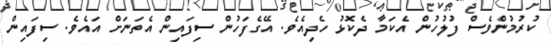
ކުރުމުންވެސް ފުލުހުން އެކަމާ ދެކޮޅު ހެދިއެވެ. އޭގެފަހުން ސިފައިން އެތަނަށް އައެވެ. ސިފައިން